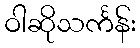
ဝါဆိုသင်္ကန်း